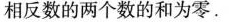
相反数的两个数的和为零。